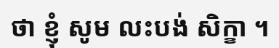
ថា ខ្ញុំ សូម លះបង់ សិក្ខា ។